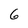
Character: 6